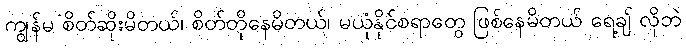
ကျွန်မ စိတ်ဆိုးမိတယ်၊ စိတ်တိုနေမိတယ်၊ မယုံနိုင်စရာတွေ ဖြစ်နေမိတယ် ရေ့ချ် လိုဘဲ